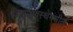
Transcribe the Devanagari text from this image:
जागृतावस्थेमधील